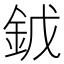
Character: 龯